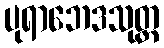
ပုရာဘေဒသုတ္တ